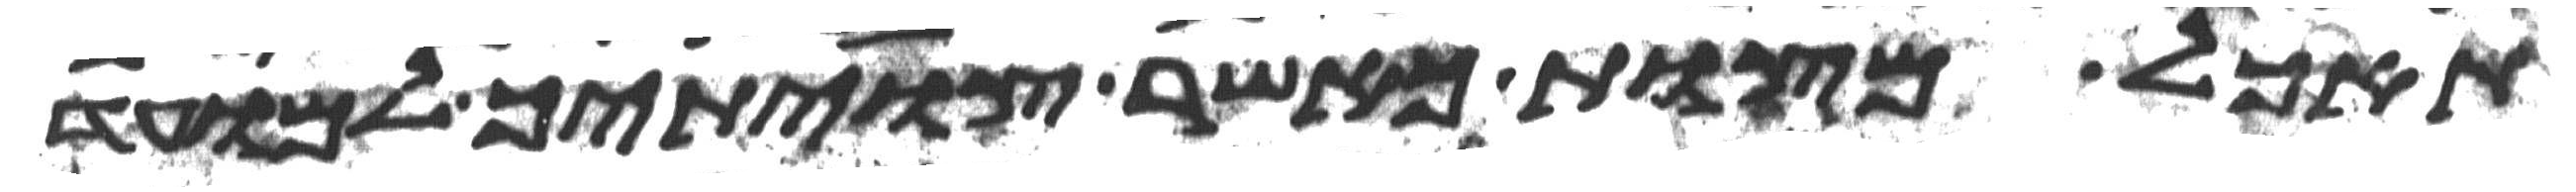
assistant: תאכל מצות כאשר צויתיך למועד